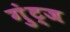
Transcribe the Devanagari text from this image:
गुंट्ज